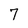
Character: 7